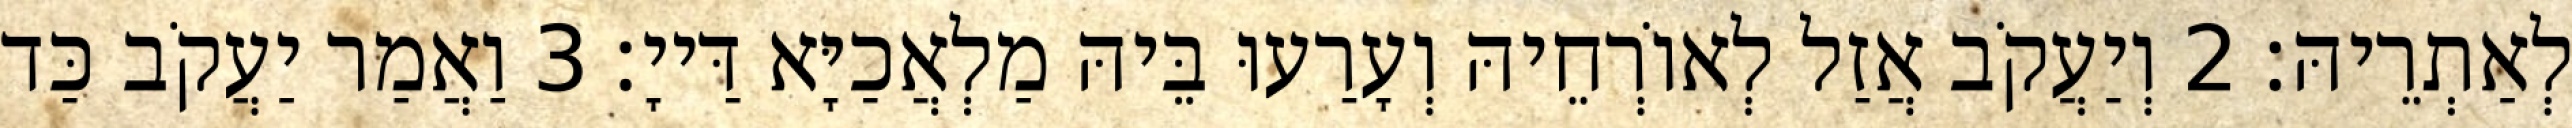
לְאַתְרֵיהּ׃ 2 וְיַעֲקֹב אֲזַל לְאוֹרְחֵיהּ וְעָרַעוּ בֵּיהּ מַלְאֲכַיָּא דַּייָ׃ 3 וַאֲמַר יַעֲקֹב כַּד